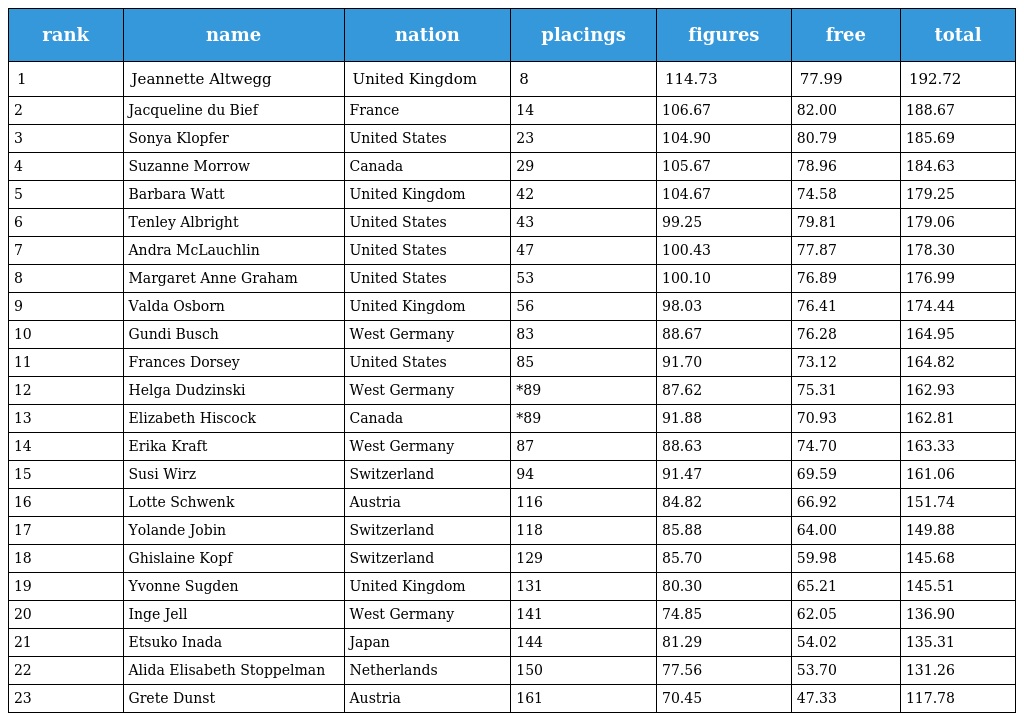
| rank | name | nation | placings | figures | free | total |
 | --- | --- | --- | --- | --- | --- | --- |
 | 1 | Jeannette Altwegg | United Kingdom | 8 | 114.73 | 77.99 | 192.72 |
 | 2 | Jacqueline du Bief | France | 14 | 106.67 | 82.00 | 188.67 |
 | 3 | Sonya Klopfer | United States | 23 | 104.90 | 80.79 | 185.69 |
 | 4 | Suzanne Morrow | Canada | 29 | 105.67 | 78.96 | 184.63 |
 | 5 | Barbara Watt | United Kingdom | 42 | 104.67 | 74.58 | 179.25 |
 | 6 | Tenley Albright | United States | 43 | 99.25 | 79.81 | 179.06 |
 | 7 | Andra McLauchlin | United States | 47 | 100.43 | 77.87 | 178.30 |
 | 8 | Margaret Anne Graham | United States | 53 | 100.10 | 76.89 | 176.99 |
 | 9 | Valda Osborn | United Kingdom | 56 | 98.03 | 76.41 | 174.44 |
 | 10 | Gundi Busch | West Germany | 83 | 88.67 | 76.28 | 164.95 |
 | 11 | Frances Dorsey | United States | 85 | 91.70 | 73.12 | 164.82 |
 | 12 | Helga Dudzinski | West Germany | *89 | 87.62 | 75.31 | 162.93 |
 | 13 | Elizabeth Hiscock | Canada | *89 | 91.88 | 70.93 | 162.81 |
 | 14 | Erika Kraft | West Germany | 87 | 88.63 | 74.70 | 163.33 |
 | 15 | Susi Wirz | Switzerland | 94 | 91.47 | 69.59 | 161.06 |
 | 16 | Lotte Schwenk | Austria | 116 | 84.82 | 66.92 | 151.74 |
 | 17 | Yolande Jobin | Switzerland | 118 | 85.88 | 64.00 | 149.88 |
 | 18 | Ghislaine Kopf | Switzerland | 129 | 85.70 | 59.98 | 145.68 |
 | 19 | Yvonne Sugden | United Kingdom | 131 | 80.30 | 65.21 | 145.51 |
 | 20 | Inge Jell | West Germany | 141 | 74.85 | 62.05 | 136.90 |
 | 21 | Etsuko Inada | Japan | 144 | 81.29 | 54.02 | 135.31 |
 | 22 | Alida Elisabeth Stoppelman | Netherlands | 150 | 77.56 | 53.70 | 131.26 |
 | 23 | Grete Dunst | Austria | 161 | 70.45 | 47.33 | 117.78 |